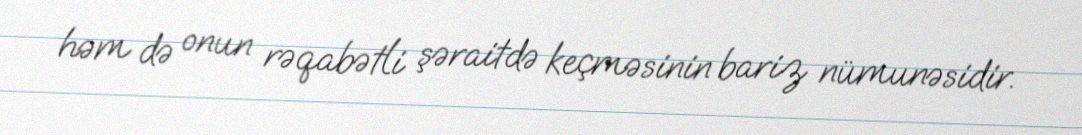
həm də onun rəqabətli şəraitdə keçməsinin bariz nümunəsidir.